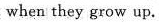
when they grow up.